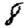
Digit: 8